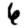
Digit: 6